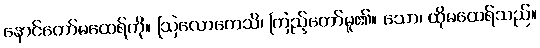
နောင်တော်မထေရ်ကို။ ဩလောကေသိ၊ ကြည့်တော်မူ၏။ သော၊ ထိုမထေရ်သည်။